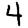
Digit: 4